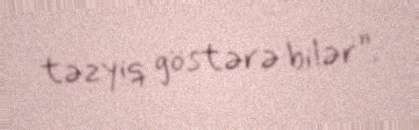
təzyiq göstərə bilər”.